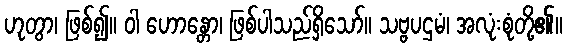
ဟုတွာ၊ ဖြစ်၍။ ဝါ ဟောန္တော၊ ဖြစ်ပါသည်ရှိသော်။ သဗ္ဗပဌမံ၊ အလုံးစုံတို့၏။